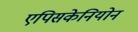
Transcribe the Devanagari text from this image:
एपिसकेनियोन